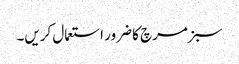
سبز مرچ کا ضرور استعمال کریں۔